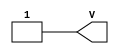
/*
 *  yosys -- Yosys Open SYnthesis Suite
 *
 *  Copyright (C) 2012  Clifford Wolf <clifford@clifford.at>
 *
 *  Permission to use, copy, modify, and/or distribute this software for any
 *  purpose with or without fee is hereby granted, provided that the above
 *  copyright notice and this permission notice appear in all copies.
 *
 *  THE SOFTWARE IS PROVIDED "AS IS" AND THE AUTHOR DISCLAIMS ALL WARRANTIES
 *  WITH REGARD TO THIS SOFTWARE INCLUDING ALL IMPLIED WARRANTIES OF
 *  MERCHANTABILITY AND FITNESS. IN NO EVENT SHALL THE AUTHOR BE LIABLE FOR
 *  ANY SPECIAL, DIRECT, INDIRECT, OR CONSEQUENTIAL DAMAGES OR ANY DAMAGES
 *  WHATSOEVER RESULTING FROM LOSS OF USE, DATA OR PROFITS, WHETHER IN AN
 *  ACTION OF CONTRACT, NEGLIGENCE OR OTHER TORTIOUS ACTION, ARISING OUT OF
 *  OR IN CONNECTION WITH THE USE OR PERFORMANCE OF THIS SOFTWARE.
 *
 */
module VCC (output V);
   assign V = 1'b1;
endmodule // VCC

module GND (output G);
   assign G = 1'b0;
endmodule // GND

/* Altera Arria 10 GX devices Input Buffer Primitive */
module twentynm_io_ibuf (output o, input i, input ibar);
   assign ibar = ibar;
   assign o    = i;
endmodule // twentynm_io_ibuf

/* Altera Arria 10 GX  devices Output Buffer Primitive */
module twentynm_io_obuf (output o, input i, input oe);
   assign o  = i;
   assign oe = oe;
endmodule // twentynm_io_obuf

/* Altera Arria 10 GX  LUT Primitive */
module twentynm_lcell_comb (output combout, cout, sumout,
                            input  dataa, datab, datac, datad,
                            input  datae, dataf, datag, cin,
                            input  sharein);

parameter lut_mask      = 64'hFFFFFFFFFFFFFFFF;
parameter dont_touch    = "off";
parameter lpm_type      = "twentynm_lcell_comb";
parameter shared_arith  = "off";
parameter extended_lut  = "off";

// TODO: This is still WIP
initial begin
  $display("Simulation model is still under investigation\n");
end

endmodule // twentynm_lcell_comb